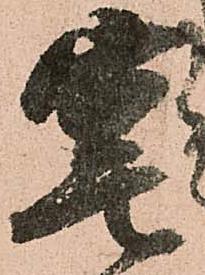
宴